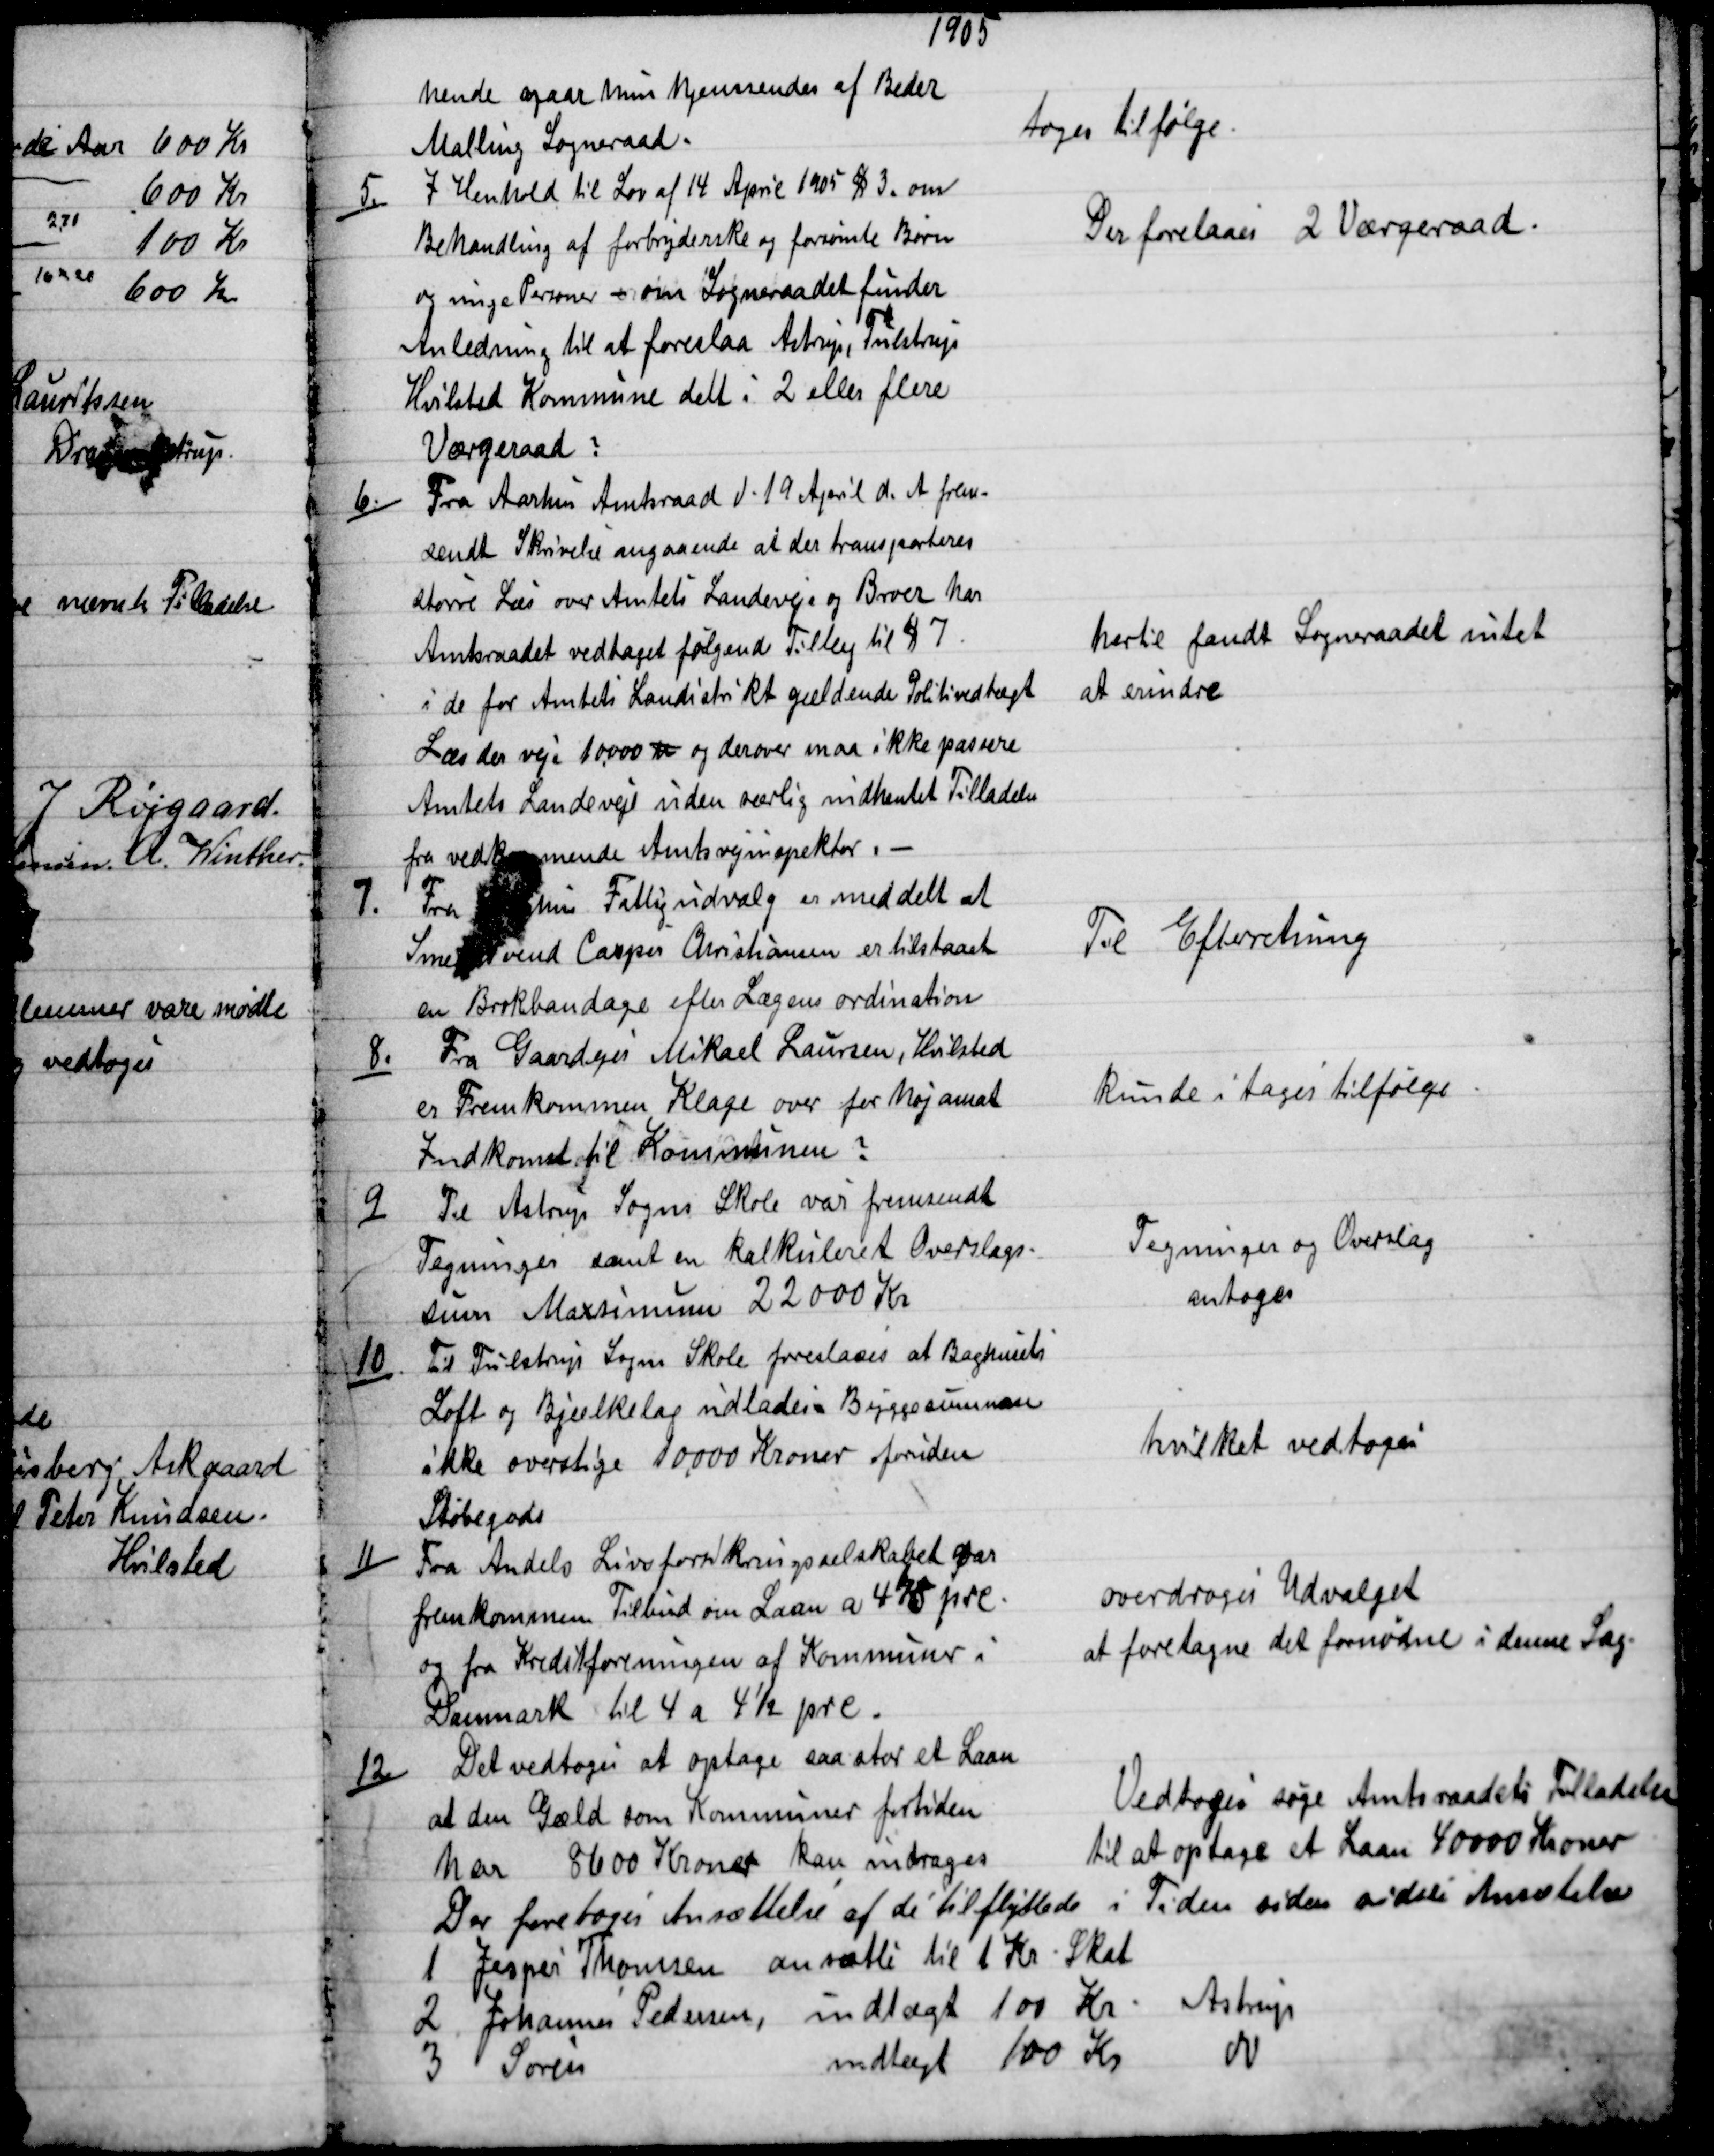
Transskription:
1905
hende naar hun hjemsendes af Beder
Malling Sogneraad.
toges til følge.
5.)
I Henhold til Lov af 14 April 1905 § 3. om
Behandling af forbryderske og forsømte Børn
og unge Personer - om Sogneraadet finder
Anledning til at foreslaa Astrup, Tulstrup
Hvilsted Kommune delt i 2 eller flere
Værgeraad ?
Der forelaaes 2 Værgeraad.
6.)
Fra Aarhus Amtsraad d. 19 April d. A. frem-
sendt Skrivelse angaaende at der transporteres
større Læs over Amtets Landeveje og Broer har
Amtsraadet vedtaget følgende Tillæg til § 7.
i de for Amtets Landistrikt gældende Politivedtægt
Læs der veje 10,000 ℔ og derover maa ikke passere
Amtets Landeveje uden særlig indhentet Tilladelse
fra vedkommende Amtsvejinspektør.
hertil fandt Sogneraadet intet
at erindre
7.
Fra Aarhus Fattigudvalg er meddelt at
Smedesvend Casper Christiansen er tilstaaet
en Brokbandage efter Lægens ordination
Til Efterretning
8.)
Fra Gaardejer Mikael Laursen, Hvilsted
er Fremkommen Klage over for høj ansat
Indkomst til Kommunen ?
kunde i tages tilfølge
9)
Til Astrup Sogns Skole var fremsendt
Tegninger samt en kalkuleret Overslags-
sum Maxsimum 22000 Kr
Tegninger og Overslag
antoges
10)
Til Tulstrup Sogns Skole foreslaaes at Baghusets
Loft og Bjælkelag udlades = Byggesummen
ikke overstige 10.000 Kroner foruden
Støbegods
hvilket vedtoges
11)
Fra Andels Livsforsikringsselskabet var
fremkommen Tilbud om Laan a 41/5 prc.
og fra Kreditforeningen af Kommuner i
Danmark til 4 a 4½ prc.
overdroges Udvalget
at foretagne det fornødne i denne Sag.
12)
Det vedtoges at optage saa stor et Laan
at den Gæld som Kommuner fortiden
har 8600 Kroner kan indrages
Vedtoges søge Amtsraadets Tilladelse
til at optage et Laan 40000 Kroner
Der foretoges Ansættelse af de tilflyttede i Tiden siden sidste Ansætelse
1 Jesper Thomsen ansætte til 1 Kr Skat
2 Johannes Pedersen, indtægt 100 Kr. Astrup
3 Søren 
indtægt 100 Kr 
do